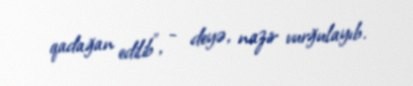
qadağan edilib", - deyə, nazir vurğulayıb.